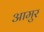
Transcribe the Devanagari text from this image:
आमुर